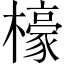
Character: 檺